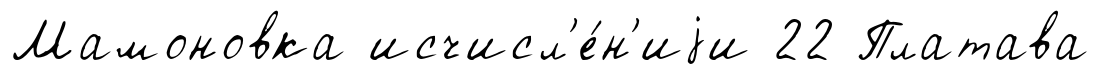
Мамоновка исчисл'е́н'иjи 22 Платава